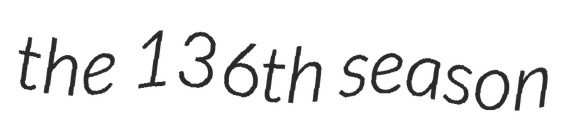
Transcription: the 136th season